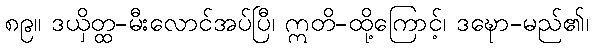
၈၉။ ဒယှိတ္ထ-မီးလောင်အပ်ပြီ၊ ဣတိ-ထို့ကြောင့်၊ ဒဍ္ဎော-မည်၏၊